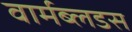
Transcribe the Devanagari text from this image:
वार्मब्लडस